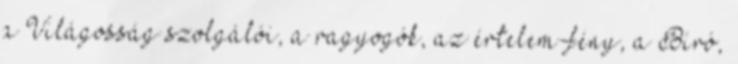
a Világosság szolgálói, a ragyogók, az értelem-fény, a Bíró,